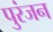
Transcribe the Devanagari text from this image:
पुरंजन